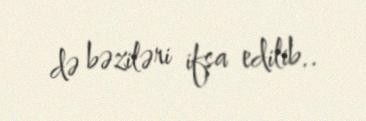
də bəziləri ifşa edilib..